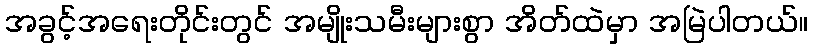
အခွင့်အရေးတိုင်းတွင် အမျိုးသမီးများစွာ အိတ်ထဲမှာ အမြဲပါတယ်။